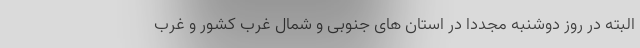
البته در روز دوشنبه مجددا در استان های جنوبی و شمال غرب کشور و غرب